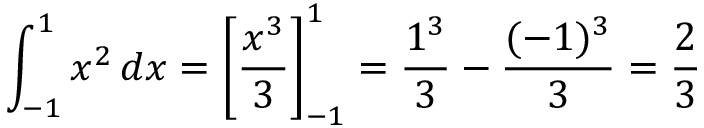
\int _ { - 1 } ^ { 1 } x ^ { 2 } \, d x = \left[ { \frac { x ^ { 3 } } { 3 } } \right] _ { - 1 } ^ { 1 } = { \frac { 1 ^ { 3 } } { 3 } } - { \frac { ( - 1 ) ^ { 3 } } { 3 } } = { \frac { 2 } { 3 } }